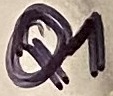
Text: Q1